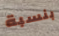
بنسبة